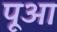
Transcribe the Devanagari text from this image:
पूआ